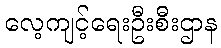
လေ့ကျင့်ရေးဦးစီးဌာန